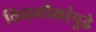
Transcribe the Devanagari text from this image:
विवानौकांपुढे